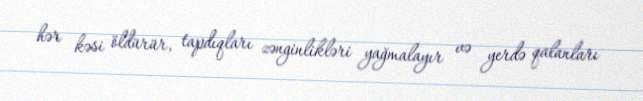
hər kəsi öldürür, tapdıqları zənginlikləri yağmalayır və yerdə qalanları